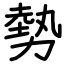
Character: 勢